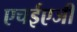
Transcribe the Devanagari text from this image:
एचईएजी